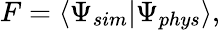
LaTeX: F=\langle\Psi_{sim}|\Psi_{phys}\rangle,